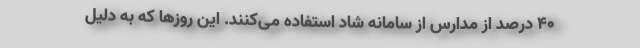
۴۰ درصد از مدارس از سامانه شاد استفاده می‌کنند. این روزها که به دلیل